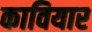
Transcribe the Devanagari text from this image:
कावियार